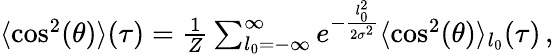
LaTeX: \begin{array}{r}{\langle\cos^{2}(\theta)\rangle(\tau)=\frac{1}{Z}\sum_{l_{0}=-\infty}^{\infty}e^{-\frac{l_{0}^{2}}{2\sigma^{2}}}\langle\cos^{2}(\theta)\rangle_{l_{0}}(\tau)\, ,}\end{array}